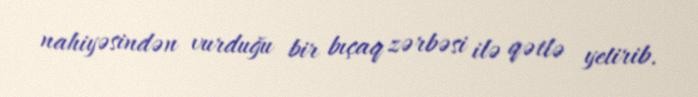
nahiyəsindən vurduğu bir bıçaq zərbəsi ilə qətlə yetirib.